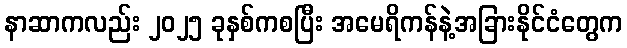
နာဆာကလည်း ၂၀၂၅ ခုနှစ်ကစပြီး အမေရိကန်နဲ့အခြားနိုင်ငံတွေက